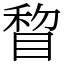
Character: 睝